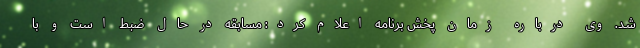
شد. وی درباره زمان پخش برنامه اعلام کرد: مسابقه در حال ضبط است و با